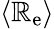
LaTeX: \langle\mathbb{R}_{\mathrm{{e}}}\rangle